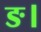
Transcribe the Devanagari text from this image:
ङ।